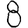
Digit: 8